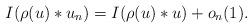
LaTeX: \begin{gather*} I(\rho(u)*u_n)=I(\rho(u)*u)+o_n(1).\end{gather*}